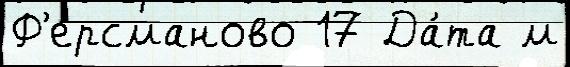
Ф'ерсманово 17 Да́та м